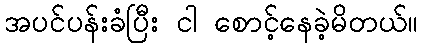
အပင်ပန်းခံပြီး ငါ စောင့်နေခဲ့မိတယ်။